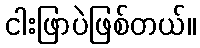
ငါးဖြာပဲဖြစ်တယ်။